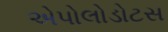
એપોલોડોટસ